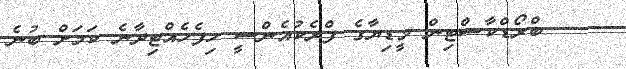
ބްރޯޑްކާސްޓިން މީޑިޔާގެ ފްރެކުއެންސީ ހިފެހެއްޓިދާނެ ކަމަށް ބުނެ